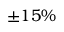
\pm 1 5 \%